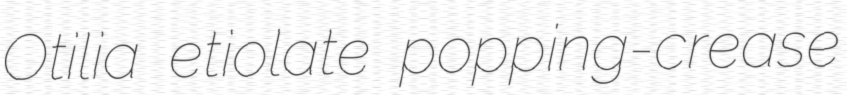
Otilia etiolate popping-crease